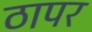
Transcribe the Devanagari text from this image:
ठापर